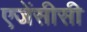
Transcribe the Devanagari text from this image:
एजेंसीसी